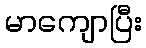
မာကျောပြီး